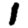
Digit: 1